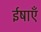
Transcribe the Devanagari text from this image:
ईषाएँ